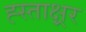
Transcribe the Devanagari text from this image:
ह्स्ताक्ष्रर